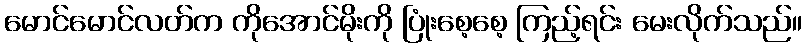
မောင်မောင်လတ်က ကိုအောင်မိုးကို ပြုံးစေ့စေ့ ကြည့်ရင်း မေးလိုက်သည်။